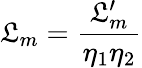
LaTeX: \mathfrak{L}_{m}=\frac{{\mathfrak{L}_{m}^{\prime}}}{{\eta_{1}\eta_{2}}}